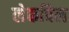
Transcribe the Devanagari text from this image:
लेकविल